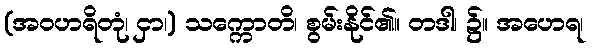
(အဝဟရိတုံ၊ ငှာ၊) သက္ကောတိ၊ စွမ်းနိုင်၏။ တဒါ၊ ၌။ အဟေရ၊